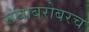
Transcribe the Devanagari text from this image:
संघाबरोबरच